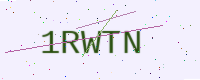
Text: 1RWTN